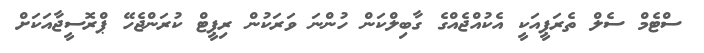
ސްޓެމް ސެލް ތެރަޕީއަކީ އެކުއްޖެއްގެ ގާބިލްކަން ހުންނަ ވަރަކުން ރިޕީޓް ކުރަންޖެހޭ ޕްރޮސީޖާއަކަށް